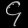
Digit: ၄